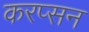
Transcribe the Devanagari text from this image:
करप्सन